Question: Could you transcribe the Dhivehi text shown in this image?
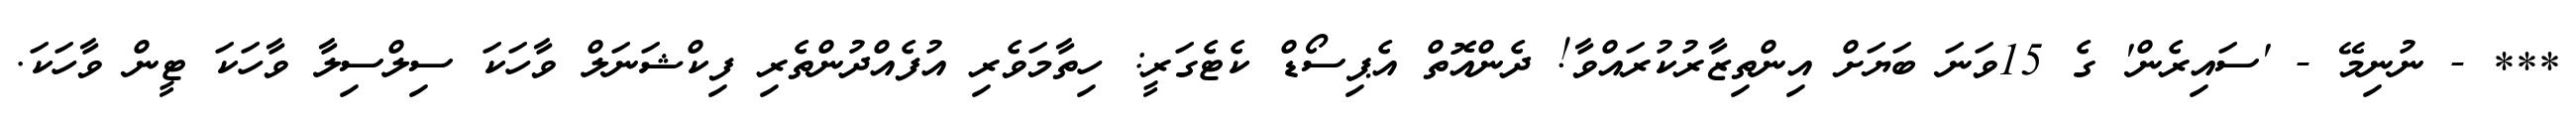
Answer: *** - ނުނިމޭ - 'ސައިރެން' ގެ 15ވަނަ ބަޔަށް އިންތިޒާރުކުރައްވާ! ދެންއޮތް އެޕިސޯޑް ކެޓެގަރީ: ހިތާމަވެރި އުފެއްދުންތެރި ފިކްޝަނަލް ވާހަކަ ސިލްސިލާ ވާހަކަ ޓީން ވާހަކަ.